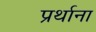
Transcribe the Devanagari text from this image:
प्रर्थाना